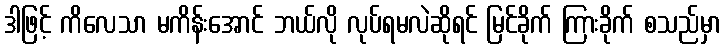
ဒါဖြင့် ကိလေသာ မကိန်းအောင် ဘယ်လို လုပ်ရမလဲဆိုရင် မြင်ခိုက် ကြားခိုက် စသည်မှာ